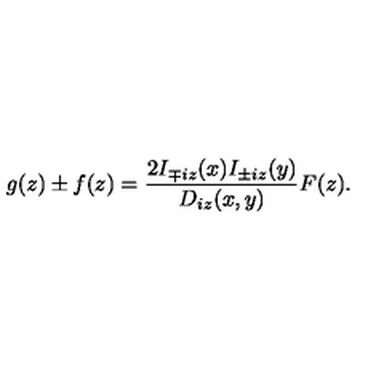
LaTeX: g ( z ) \pm f ( z ) = \frac { 2 I _ { \mp i z } ( x ) I _ { \pm i z } ( y ) } { D _ { i z } ( x , y ) } F ( z ) .